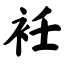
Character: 衽